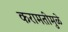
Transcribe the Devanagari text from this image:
करामतीमुळे